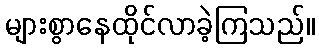
များစွာနေထိုင်လာခဲ့ကြသည်။